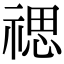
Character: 禗